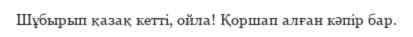
Шұбырып қазақ кетті, ойла! Қоршап алған кәпір бар.